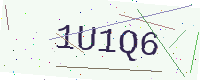
Text: 1U1Q6